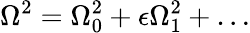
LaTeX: \Omega^{2}=\Omega_{0}^{2}+\epsilon\Omega_{1}^{2}+\ldots